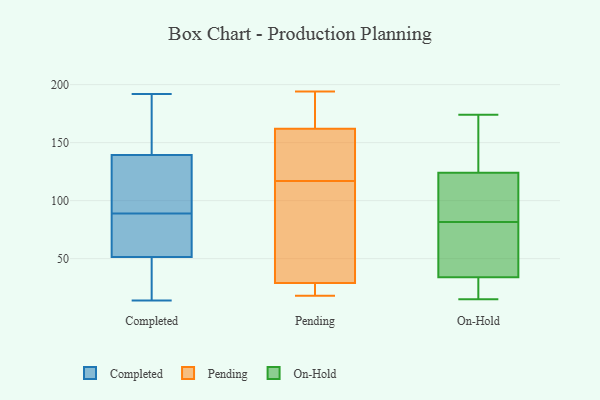
{"axis": {"x": "Production Output", "y": "Value"}, "legend": ["Completed", "On-Hold", "Pending"], "data": [{"x": "", "y": 66, "type": "Completed"}, {"x": "", "y": 50, "type": "Completed"}, {"x": "", "y": 24, "type": "Completed"}, {"x": "", "y": 192, "type": "Completed"}, {"x": "", "y": 141, "type": "Completed"}, {"x": "", "y": 123, "type": "Completed"}, {"x": "", "y": 50, "type": "Completed"}, {"x": "", "y": 89, "type": "Completed"}, {"x": "", "y": 129, "type": "Completed"}, {"x": "", "y": 63, "type": "Completed"}, {"x": "", "y": 134, "type": "Completed"}, {"x": "", "y": 156, "type": "Completed"}, {"x": "", "y": 14, "type": "Completed"}, {"x": "", "y": 56, "type": "Completed"}, {"x": "", "y": 150, "type": "Completed"}, {"x": "", "y": 29, "type": "Pending"}, {"x": "", "y": 18, "type": "Pending"}, {"x": "", "y": 141, "type": "Pending"}, {"x": "", "y": 117, "type": "Pending"}, {"x": "", "y": 104, "type": "Pending"}, {"x": "", "y": 160, "type": "Pending"}, {"x": "", "y": 168, "type": "Pending"}, {"x": "", "y": 96, "type": "Pending"}, {"x": "", "y": 25, "type": "Pending"}, {"x": "", "y": 194, "type": "Pending"}, {"x": "", "y": 128, "type": "Pending"}, {"x": "", "y": 29, "type": "Pending"}, {"x": "", "y": 193, "type": "Pending"}, {"x": "", "y": 90, "type": "On-Hold"}, {"x": "", "y": 44, "type": "On-Hold"}, {"x": "", "y": 18, "type": "On-Hold"}, {"x": "", "y": 85, "type": "On-Hold"}, {"x": "", "y": 59, "type": "On-Hold"}, {"x": "", "y": 124, "type": "On-Hold"}, {"x": "", "y": 34, "type": "On-Hold"}, {"x": "", "y": 95, "type": "On-Hold"}, {"x": "", "y": 78, "type": "On-Hold"}, {"x": "", "y": 105, "type": "On-Hold"}, {"x": "", "y": 19, "type": "On-Hold"}, {"x": "", "y": 161, "type": "On-Hold"}, {"x": "", "y": 50, "type": "On-Hold"}, {"x": "", "y": 15, "type": "On-Hold"}, {"x": "", "y": 161, "type": "On-Hold"}, {"x": "", "y": 174, "type": "On-Hold"}, {"x": "", "y": 137, "type": "On-Hold"}, {"x": "", "y": 34, "type": "On-Hold"}]}